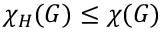
\chi _ { H } ( G ) \leq \chi ( G )